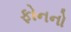
ફોનનો